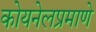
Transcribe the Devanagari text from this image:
कोयनेलप्रमाणे